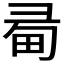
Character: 𢑜